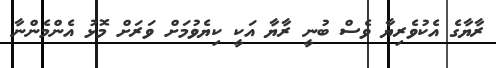
ރާޔާގެ އެކުވެރިޔާ ވެސް ބުނީ ރާޔާ އަކީ ކިޔެވުމަށް ވަރަށް މޮޅު އެންމެންނާ